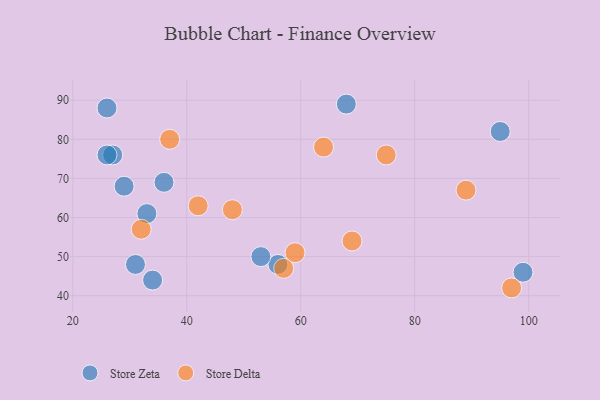
{"axis": {"x": "GDP", "y": "Life Expectancy"}, "legend": ["Store Delta", "Store Zeta"], "data": [{"x": "95", "y": 82, "type": "Store Zeta"}, {"x": "27", "y": 76, "type": "Store Zeta"}, {"x": "56", "y": 48, "type": "Store Zeta"}, {"x": "34", "y": 44, "type": "Store Zeta"}, {"x": "99", "y": 46, "type": "Store Zeta"}, {"x": "68", "y": 89, "type": "Store Zeta"}, {"x": "26", "y": 88, "type": "Store Zeta"}, {"x": "53", "y": 50, "type": "Store Zeta"}, {"x": "31", "y": 48, "type": "Store Zeta"}, {"x": "36", "y": 69, "type": "Store Zeta"}, {"x": "29", "y": 68, "type": "Store Zeta"}, {"x": "26", "y": 76, "type": "Store Zeta"}, {"x": "33", "y": 61, "type": "Store Zeta"}, {"x": "97", "y": 42, "type": "Store Delta"}, {"x": "75", "y": 76, "type": "Store Delta"}, {"x": "64", "y": 78, "type": "Store Delta"}, {"x": "59", "y": 51, "type": "Store Delta"}, {"x": "57", "y": 47, "type": "Store Delta"}, {"x": "42", "y": 63, "type": "Store Delta"}, {"x": "69", "y": 54, "type": "Store Delta"}, {"x": "89", "y": 67, "type": "Store Delta"}, {"x": "37", "y": 80, "type": "Store Delta"}, {"x": "32", "y": 57, "type": "Store Delta"}, {"x": "48", "y": 62, "type": "Store Delta"}]}